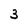
Character: 3